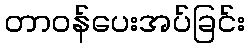
တာဝန်ပေးအပ်ခြင်း